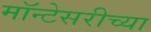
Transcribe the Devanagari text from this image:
मॉन्टेसरीच्या